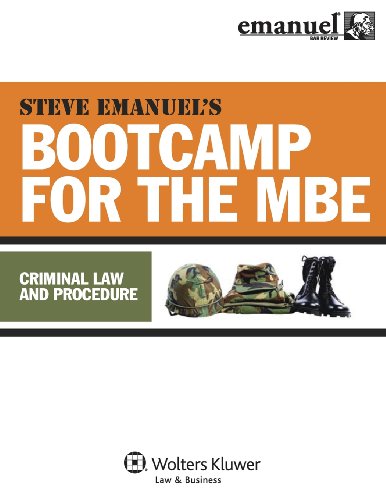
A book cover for MBE Bootcamp: Criminal Law & Procedure (Bootcamp for the Mbe); Steven Emanuel; Test Preparation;